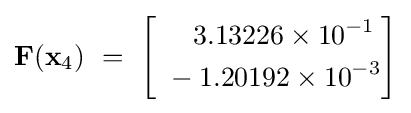
\mathbf {F} (\mathbf {x} _{4})~=~{\begin{bmatrix}{\begin{aligned}~&\quad 3.13226\times 10^{-1}\\~&-1.20192\times 10^{-3}\end{aligned}}\end{bmatrix}}